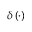
\delta \left( \cdot \right)